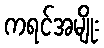
ကရင်အမျိုး